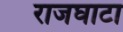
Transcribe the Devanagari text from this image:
राजघाटा